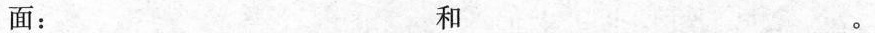
面：___ 和___ 。